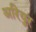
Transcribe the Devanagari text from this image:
अरियुर